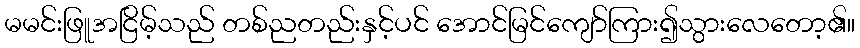
မမင်းဖြူအငြိမ့်သည် တစ်ညတည်းနှင့်ပင် အောင်မြင်ကျော်ကြား၍သွားလေတော့၏။